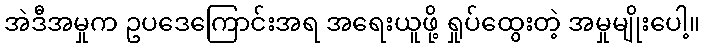
အဲဒီအမှုက ဥပဒေကြောင်းအရ အရေးယူဖို့ ရှုပ်ထွေးတဲ့ အမှုမျိုးပေါ့။